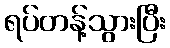
ရပ်တန့်သွားပြီး